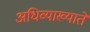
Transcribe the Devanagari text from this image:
अधिव्याख्याते